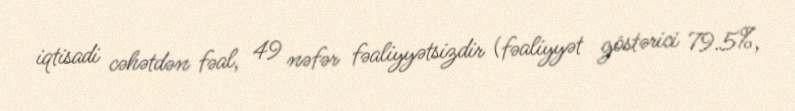
iqtisadi cəhətdən fəal, 49 nəfər fəaliyyətsizdir (fəaliyyət göstərici 79.5%,